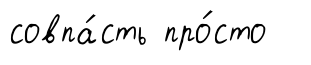
совпа́сть про́сто